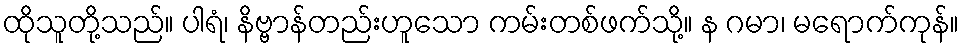
ထိုသူတို့သည်။ ပါရံ၊ နိဗ္ဗာန်တည်းဟူသော ကမ်းတစ်ဖက်သို့။ န ဂမာ၊ မရောက်ကုန်။